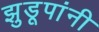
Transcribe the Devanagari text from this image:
झुडूपांनी